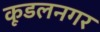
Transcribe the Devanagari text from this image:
कूडलनगर